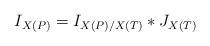
LaTeX: \begin{align*} I_{X(P)} = I_{X(P)/X(T)} * J_{X(T)}\end{align*}